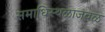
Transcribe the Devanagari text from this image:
समाधिस्थळाजवळ